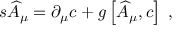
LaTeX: s \widehat { A } _ { \mu } = \partial _ { \mu } c + g \left[ \widehat { A } _ { \mu } , c \right] \; ,